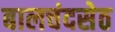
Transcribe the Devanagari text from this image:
बालचंदसेठ